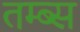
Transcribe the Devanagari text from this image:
तम्ब्स